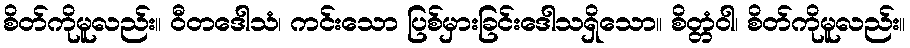
စိတ်ကိုမူလည်း။ ဝီတဒေါသံ၊ ကင်းသော ပြစ်မှားခြင်းဒေါသရှိသော။ စိတ္တံဝါ၊ စိတ်ကိုမူလည်း။